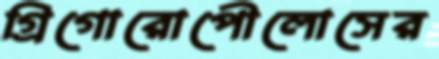
গ্রিগোরোপৌলোসের